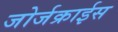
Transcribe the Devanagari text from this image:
जोर्जक्राईस